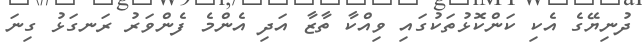
ދުނިޔޭގެ އެކި ކަންކޮޅުތަކުގައި ވިއްކާ ތާޒާ އަދި އެންމެ ފެންވަރު ރަނގަޅު ގިނަ